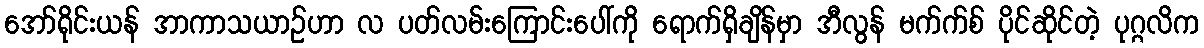
အော်ရိုင်းယန် အာကာသယာဉ်ဟာ လ ပတ်လမ်းကြောင်းပေါ်ကို ရောက်ရှိချိန်မှာ အီလွန် မက်က်စ် ပိုင်ဆိုင်တဲ့ ပုဂ္ဂလိက